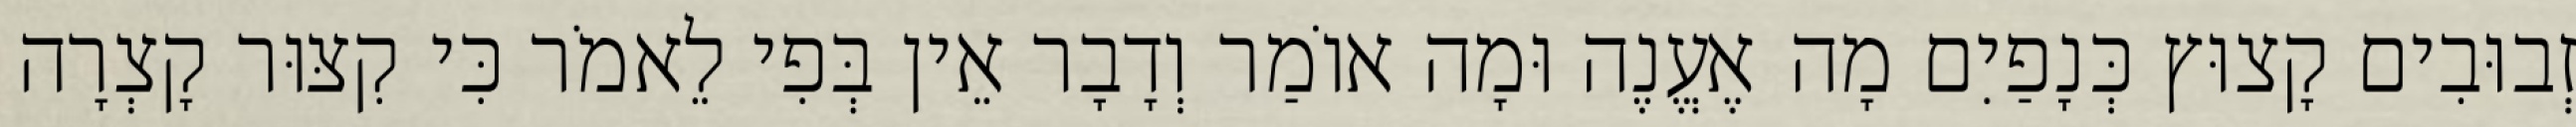
זְבוּבִים קָצוּץ כְּנָפַיִם מָה אֶעֱנֶה וּמָה אוֹמַר וְדָבָר אֵין בְּפִי לֵאמֹר כִּי קִצּוּר קָצְרָה